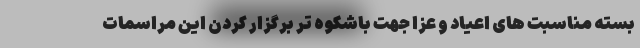
بسته مناسبت های اعیاد و عزا جهت باشکوه تر برگزار کردن این مراسمات